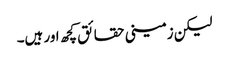
لیکن زمینی حقائق کچھ اور ہیں۔